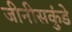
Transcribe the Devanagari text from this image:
जीनीसकुंडे